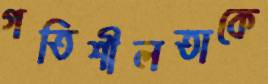
গতিশীলতাকে